Scottish Leaving Certificate Examination, 1954
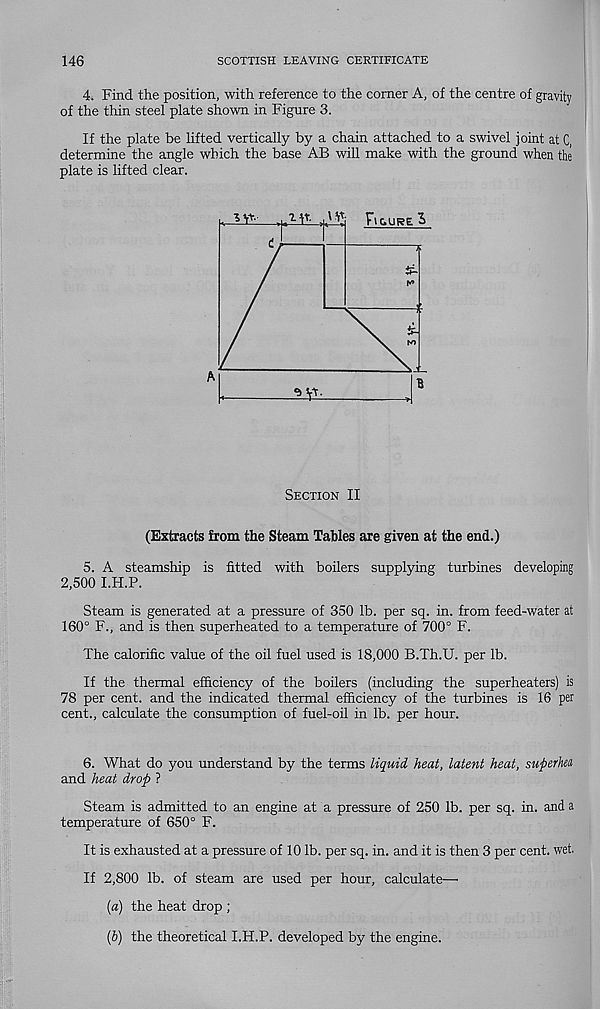
146
SCOTTISH LEAVING CERTIFICATE
4. Find the position, with reference to the comer A, of the centre of gravity
of the thin steel plate shown in Figure 3.
If the plate be lifted vertically by a chain attached to a swivel joint at C,
determine the angle which the base AB will make with the ground when the
plate is lifted clear.
—.uM*- ^’'I Figure
Section II
(Extracts from the Steam Tables are given at the end.)
5. A steamship is fitted with boilers supplying turbines developing
2,500 I.H.P.
Steam is generated at a pressure of 350 lb. per sq. in. from feed-water at
160° F., and is then superheated to a temperature of 700° F.
The calorific value of the oil fuel used is 18,000 B.Th.U. per lb.
If the thermal efficiency of the boilers (including the superheaters) is
78 per cent, and the indicated thermal efficiency of the turbines is 16 per
cent., calculate the consumption of fuel-oil in lb. per hour.
6. What do you understand by the terms liquid heat, latent heat, superheu
and heat drop ?
Steam is admitted to an engine at a pressure of 250 lb. per sq. in. and a
temperature of 650° F.
It is exhausted at a pressure of 10 lb. per sq. in. and it is then 3 per cent. wet.
If 2,800 lb. of steam are used per hour, calculate—•
(a) the heat drop ;
{h) the theoretical I.H.P. developed by the engine.